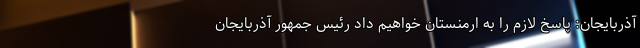
آذربایجان: پاسخ لازم را به ارمنستان خواهیم داد رئیس جمهور آذربایجان